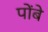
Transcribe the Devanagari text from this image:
पोंबे